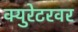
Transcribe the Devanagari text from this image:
क्युरेटरवर